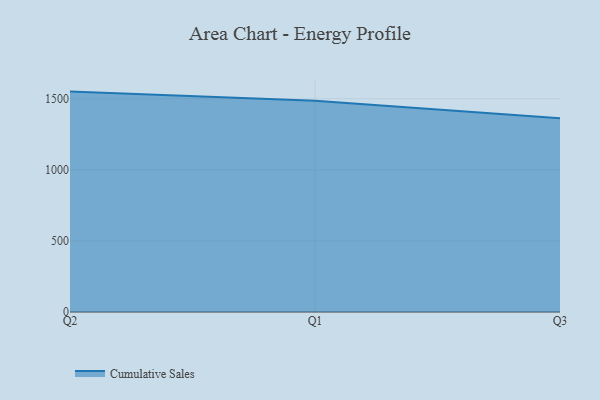
{"axis": {"x": "Quarter", "y": "Backlog"}, "legend": ["Cumulative Sales"], "data": [{"x": "Q2", "y": 1550.4, "type": "Cumulative Sales"}, {"x": "Q1", "y": 1485.3, "type": "Cumulative Sales"}, {"x": "Q3", "y": 1363.3, "type": "Cumulative Sales"}]}